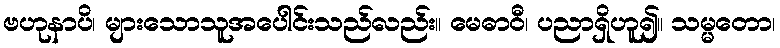
ဗဟုနာပိ၊ များသောသူအပေါင်းသည်လည်း။ မေဓာဝီ၊ ပညာရှိဟူ၍။ သမ္မတော၊